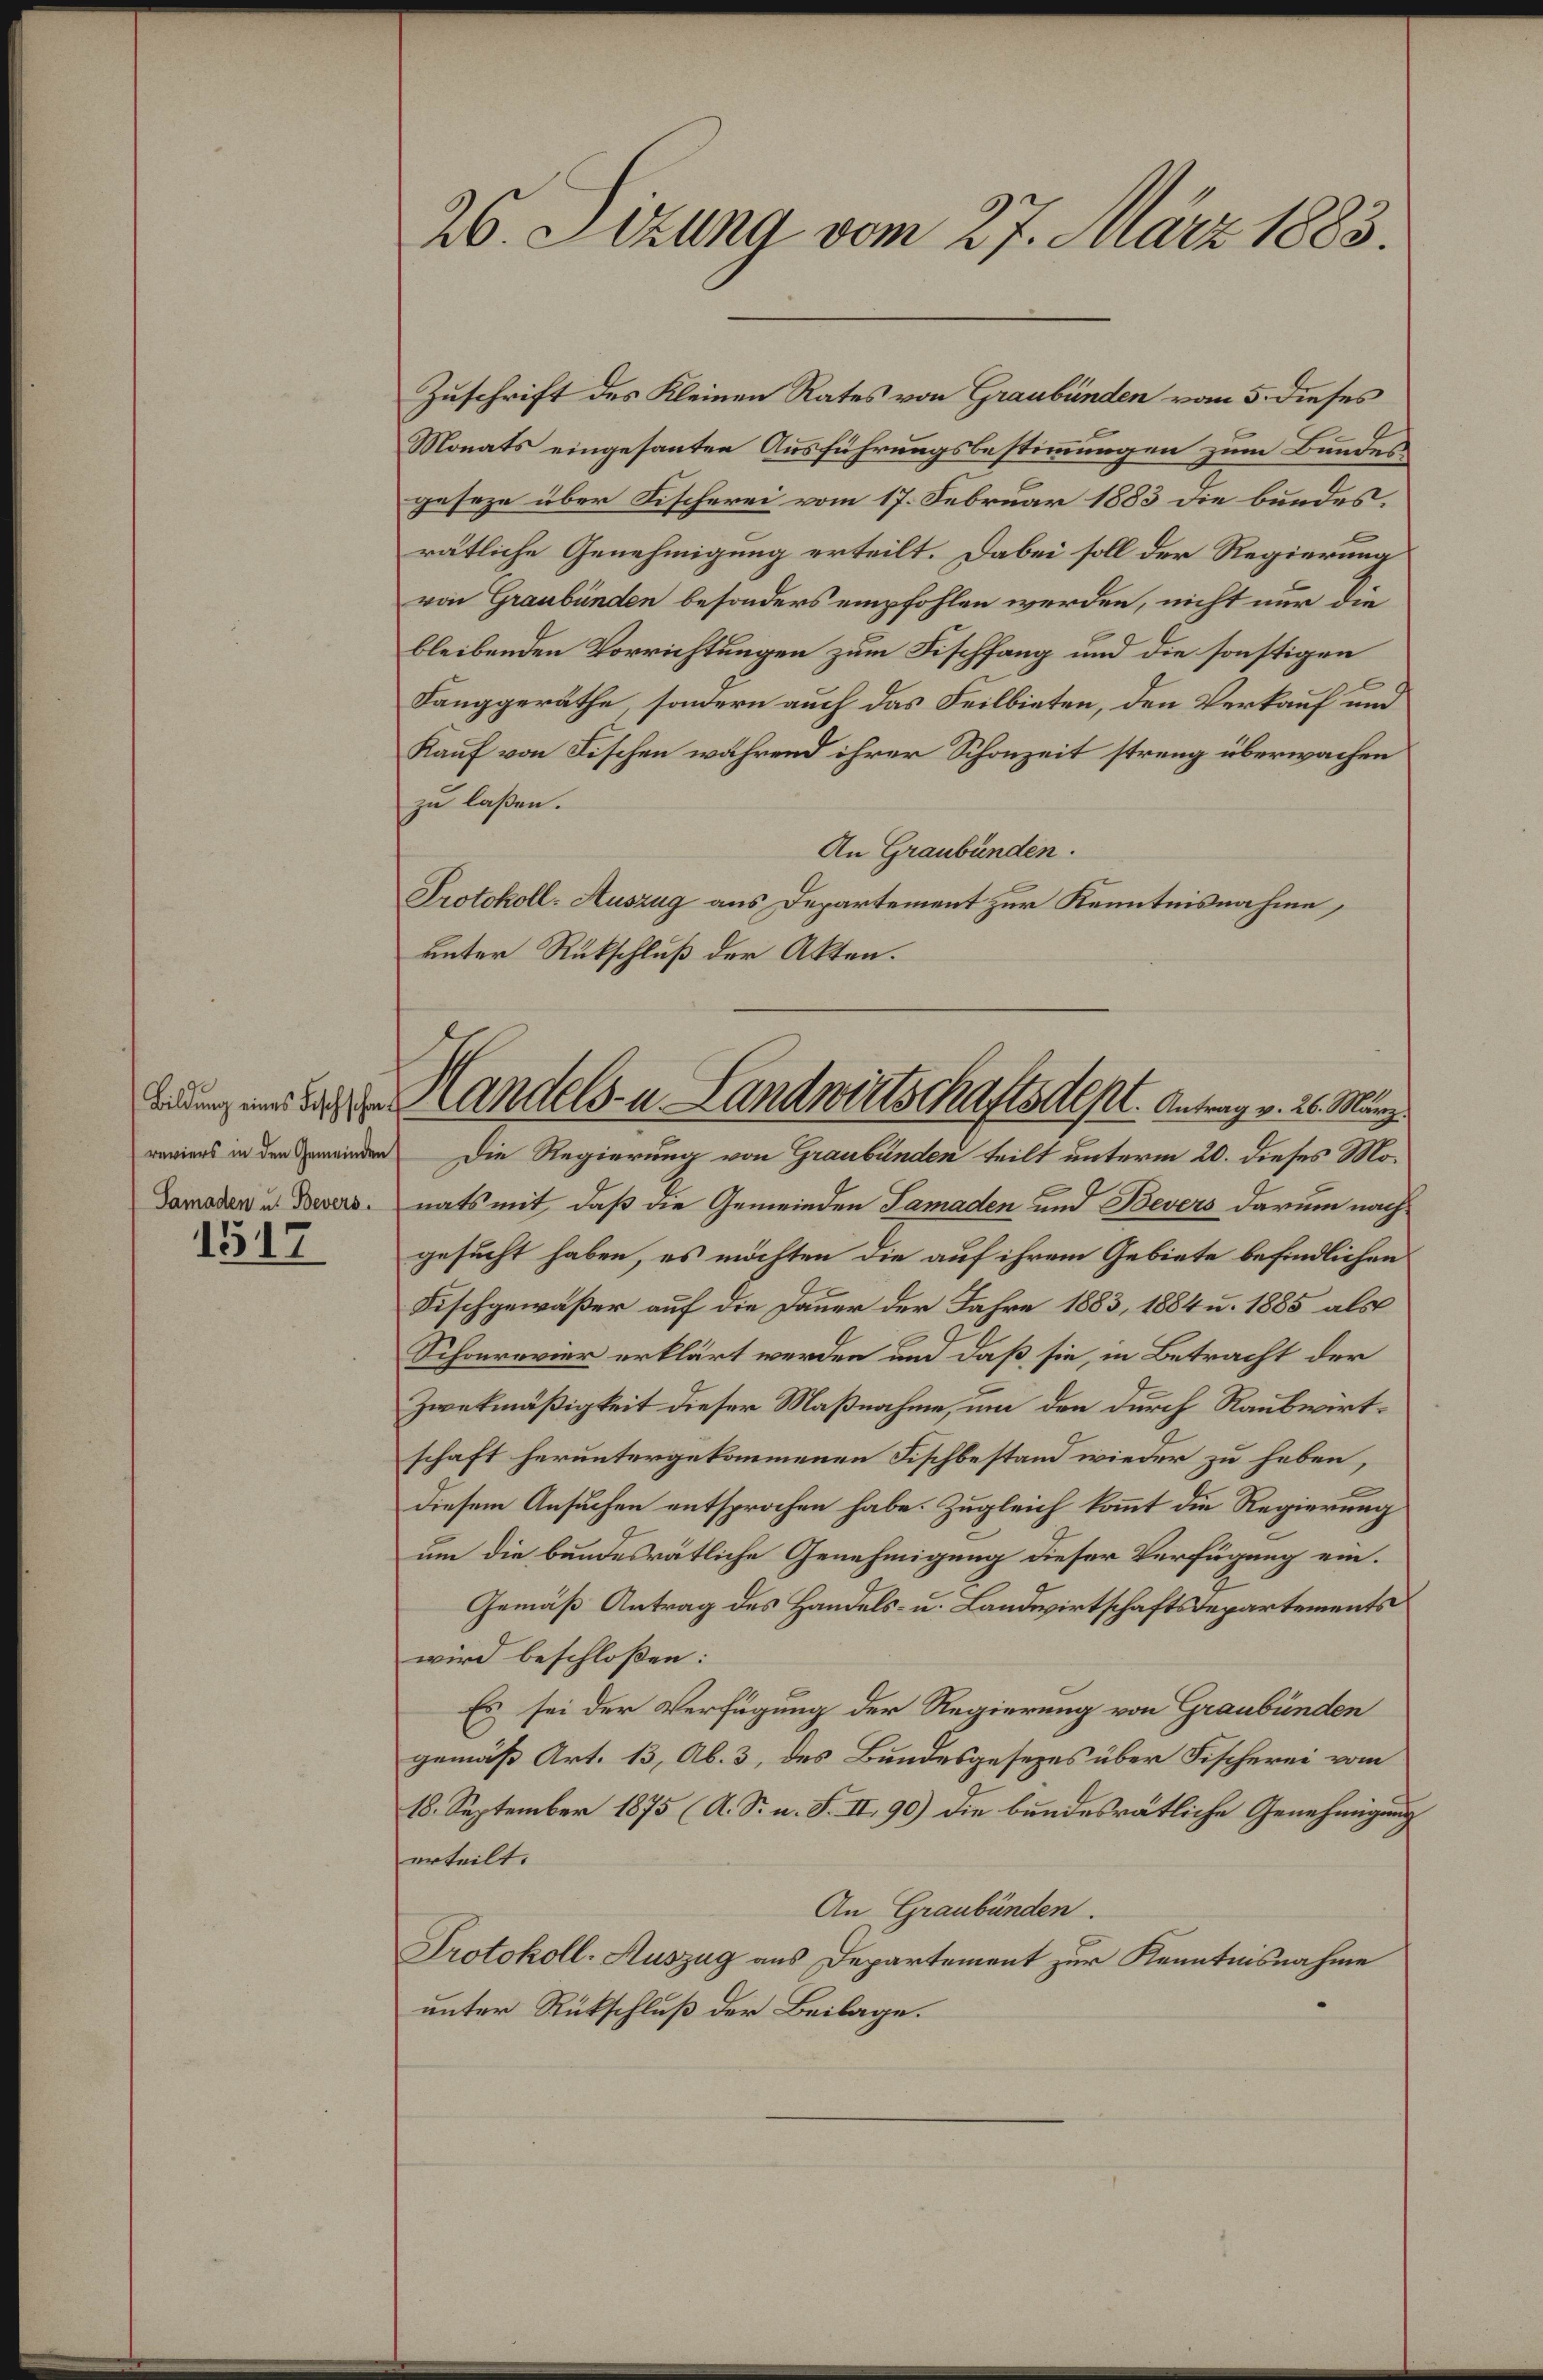
reviers in den Gemeinden

1517

26. Sezung vom 27. März 1883.

drung aber Handels- u. Landwirtschaftsdest. Antrag v. 26. März

Zuschrift des Kleinen Rates von Graubünden vom 5. dieses
Monats eingesanten Ausführungsbestimmungen zum Bundes
geseze über Fischerei vom 17. Februar 1883 die bundes.
rätliche Genehmigung erteilt. Dabei soll der Regierung
von Graubünden besonders empfohlen werden, nicht nur die
bleibenden Vorrichtungen zum Fischfang und die sonstigen
Langgeräthe, sondern auch das Feilbieten, den Verkauf und
Kauf von Fischen während ihrer Schonzeit streng überwachen
zu laßen.
An Graubünden.
Protokoll-Auszug aus Departement zur Kenntnisnahme,
unter Rückschluß der Akten.
Die Regierung von Graubünden teilt unterm 20. dieses Mo¬
Damaden u. Desers nats mit, daß die Gemeinden Samaden und Bevers darum nach
gesucht haben, es möchten die auf ihrem Gebiete befindlichen
Fischgewäßer auf die Dauer der Jahre 1883, 1884 u. 1885 als
Schonrevier erklärt werden und daß sie, in Betracht der
Zwekmäßigkeit dieser Maßnahme, um den durch Raubwirtschaft heruntergekommenen Fischbestand wieder zu haben,
diesem Ansuchen entsprochen habe. Zugleich kommt die Regierung
um die bundesrätliche Genehmigung dieser Verfügung ein.
Gemäß Antrag des Handels- u. Landwirtschaftsdepartements
wird beschloßen:
Es sei der Verfügung der Regierung von Graubünden
gemäß Art. 13, Ab. 3, des Bundesgesezes über Fischerei vom
18. September 1875 (A. S. u. S. II 90) die bundesrätliche Genehmigung
erteilt.
An Graubünden.
Protokoll-Auszug aus Departement zur Kenntnisnahme
unter Rückschluß der Beilage.